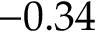
- 0 . 3 4